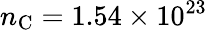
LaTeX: n_{\mathrm{C}}=1.54\times 10^{23}